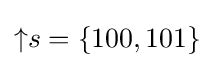
{\uparrow }s=\{100,101\}